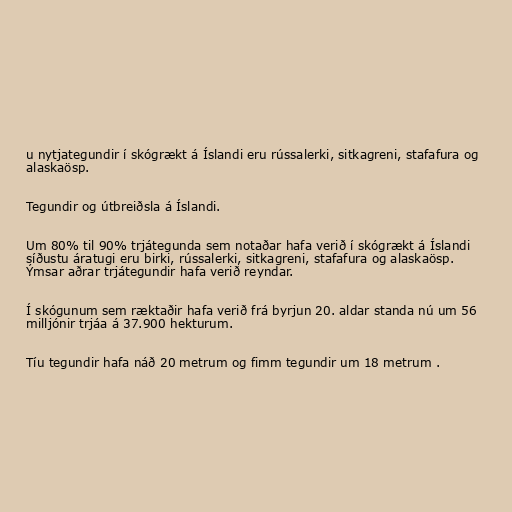
u nytjategundir í skógrækt á Íslandi eru rússalerki, sitkagreni, stafafura og
alaskaösp.

Tegundir og útbreiðsla á Íslandi.

Um 80% til 90% trjátegunda sem notaðar hafa verið í skógrækt á Íslandi
síðustu áratugi eru birki, rússalerki, sitkagreni, stafafura og alaskaösp.
Ýmsar aðrar trjátegundir hafa verið reyndar.

Í skógunum sem ræktaðir hafa verið frá byrjun 20. aldar standa nú um 56
milljónir trjáa á 37.900 hekturum.

Tíu tegundir hafa náð 20 metrum og fimm tegundir um 18 metrum .